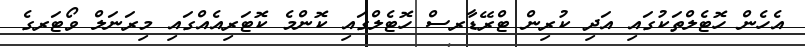
އެހެން ހޮޓެލްތަކުގައި އަދި ކުރިން ޓްރޭޑާރސް ހޮޓެލްގައި ކޮންމެ ކޮޓަރިއެއްގައި މިރަނަލް ވޯޓަރގެ